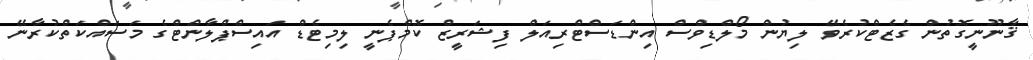
ޤާނޫނީގޮތުން ގެޒެޓްކުރެވޭ ލިޔުން މޯލްޑިވްސް އިންޑަސްޓްރިއަލް ފިޝަރީޒް ކޮމްޕެނީ ލިމިޓެޑް އައިސްޕްލާންޓްގެ މަސައްކަތްކުރާނޭ